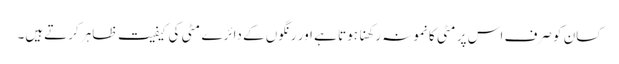
کسان کو صرف اس پر مٹی کا نمونہ رکھنا ہوتا ہے اور رنگوں کے دائرے مٹی کی کیفیت ظاہر کرتےہیں۔